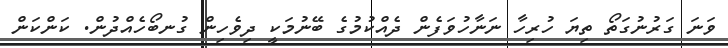
ވަނަ ގަރުނުގަތޯ ތިޔަ ހުރިހާ ނަނާހުވަފެން ދެއްކުމުގެ ބޭނުމަކީ ދިވެހިން ގުނބޯހެއްދުން. ކަންކަން